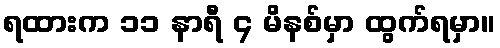
ရထားက ၁၁ နာရီ ၄ မိနစ်မှာ ထွက်ရမှာ။